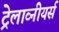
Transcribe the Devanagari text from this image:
ट्रेलाव्नीयर्स